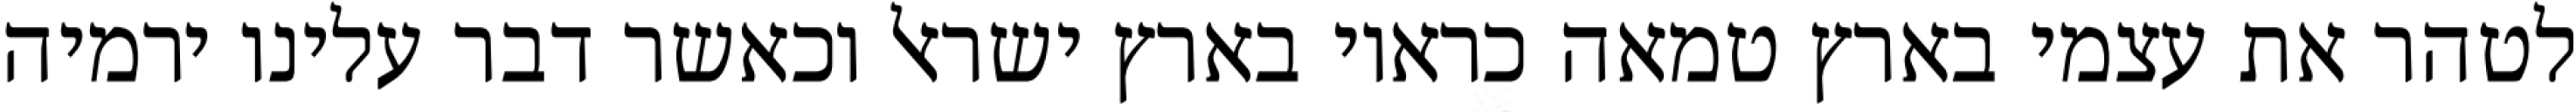
לטהר את עצמי בארץ טמאה כראוי בארץ ישראל וכאשר דבר עלינו ירמיה